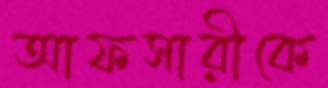
আফসারীকে